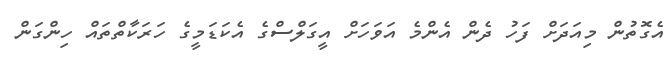
އެގޮތުން މިއަދަށް ފަހު ދެން އެންމެ އަވަހަށް އީގަލްސްގެ އެކަޑަމީގެ ހަރަކާތްތައް ހިންގަން